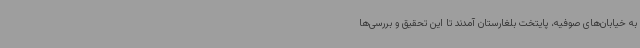
به خیابان‌های صوفیه، پایتخت بلغارستان آمدند تا این تحقیق و بررسی‌ها